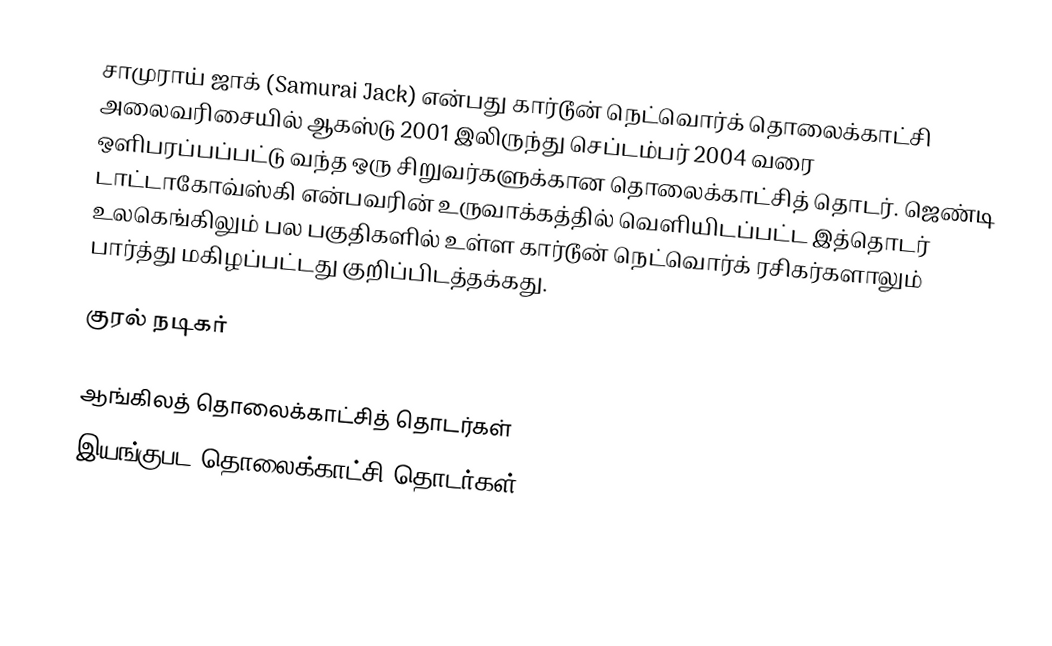
சாமுராய் ஜாக் (Samurai Jack) என்பது கார்டூன் நெட்வொர்க் தொலைக்காட்சி அலைவரிசையில் ஆகஸ்டு 2001 இலிருந்து செப்டம்பர் 2004 வரை ஒளிபரப்பப்பட்டு வந்த ஒரு சிறுவர்களுக்கான தொலைக்காட்சித் தொடர். ஜெண்டி டாட்டாகோவ்ஸ்கி என்பவரின் உருவாக்கத்தில் வெளியிடப்பட்ட இத்தொடர் உலகெங்கிலும் பல பகுதிகளில் உள்ள கார்டூன் நெட்வொர்க் ரசிகர்களாலும் பார்த்து மகிழப்பட்டது குறிப்பிடத்தக்கது.

குரல் நடிகர்

ஆங்கிலத் தொலைக்காட்சித் தொடர்கள்
இயங்குபட தொலைக்காட்சி தொடர்கள்